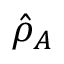
\hat { \rho } _ { A }